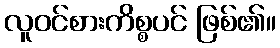
လူဝင်စားကိစ္စပင် ဖြစ်၏။